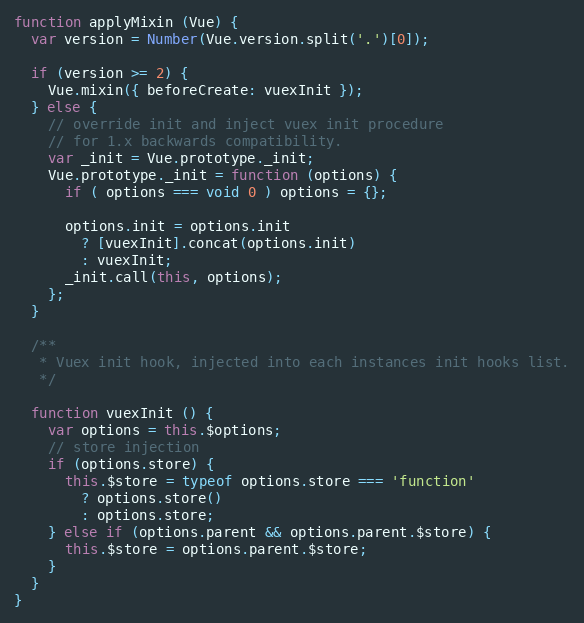
Language: JavaScript
function applyMixin (Vue) {
  var version = Number(Vue.version.split('.')[0]);

  if (version >= 2) {
    Vue.mixin({ beforeCreate: vuexInit });
  } else {
    // override init and inject vuex init procedure
    // for 1.x backwards compatibility.
    var _init = Vue.prototype._init;
    Vue.prototype._init = function (options) {
      if ( options === void 0 ) options = {};

      options.init = options.init
        ? [vuexInit].concat(options.init)
        : vuexInit;
      _init.call(this, options);
    };
  }

  /**
   * Vuex init hook, injected into each instances init hooks list.
   */

  function vuexInit () {
    var options = this.$options;
    // store injection
    if (options.store) {
      this.$store = typeof options.store === 'function'
        ? options.store()
        : options.store;
    } else if (options.parent && options.parent.$store) {
      this.$store = options.parent.$store;
    }
  }
}